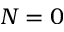
N = 0